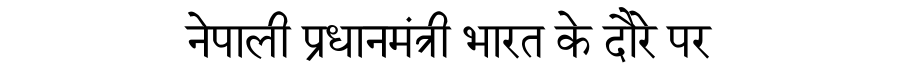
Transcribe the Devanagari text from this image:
नेपाली प्रधानमंत्री भारत के दौरे पर